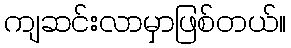
ကျဆင်းလာမှာဖြစ်တယ်။